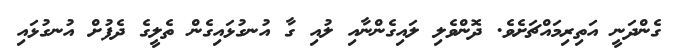
ގެންދަނީ އަތިރިމައްޗަށެވެ. ދޮންވެލި ލައިގެންނާއި ލުއި ގާ އުނގުޅައިގެން ތެލީގެ ދެފުށް އުނގުޅައި